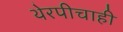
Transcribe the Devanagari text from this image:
थेरपीचाही